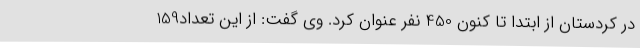
در کردستان از ابتدا تا کنون 450 نفر عنوان کرد. وی گفت: از این تعداد159